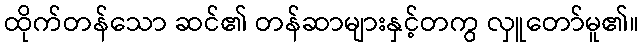
ထိုက်တန်သော ဆင်၏ တန်ဆာများနှင့်တကွ လှူတော်မူ၏။